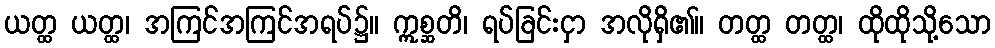
ယတ္ထ ယတ္ထ၊ အကြင်အကြင်အရပ်၌။ ဣစ္ဆတိ၊ ရပ်ခြင်းငှာ အလိုရှိ၏။ တတ္ထ တတ္ထ၊ ထိုထိုသို့သော